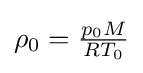
{\textstyle \rho _{0}={\frac {p_{0}M}{RT_{0}}}}